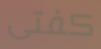
كفتى